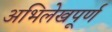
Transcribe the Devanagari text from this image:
अभिलेखपूर्ण